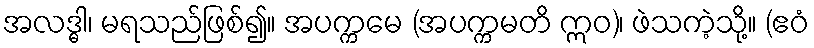
အလဒ္ဓါ၊ မရသည်ဖြစ်၍။ အပက္ကမေ (အပက္ကမတိ ဣဝ)၊ ဖဲသကဲ့သို့။ (ဧဝံ